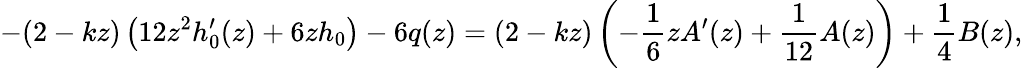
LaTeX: -(2-kz)\left(12z^{2}h_{0}^{\prime}(z)+6zh_{0}\right)-6q(z)=(2-kz)\left(-\frac{1}{6}zA^{\prime}(z)+\frac{1}{12}A(z)\right)+\frac{1}{4}B(z),